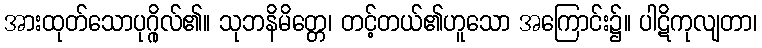
အားထုတ်သောပုဂ္ဂိုလ်၏။ သုဘနိမိတ္တေ၊ တင့်တယ်၏ဟူသော အကြောင်း၌။ ပါဋိကုလျတာ၊